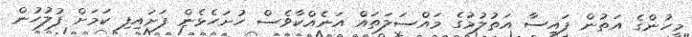
މީހުންގެ އަތުން ފައިސާ އަތުލުމުގެ މައްސަލަތައް އަނެއްކާވެސް ހުށަހެޅެން ފަށައިފި ކަމަށް ފުލުހުން